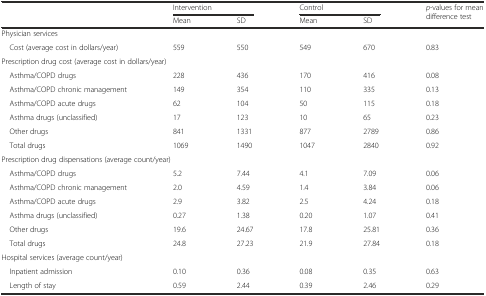
<table><thead><tr><td rowspan="2"></td><td colspan="2"><b>Intervention</b></td><td colspan="2"><b>Control</b></td><td rowspan="2"><b><i>p</i>-values for mean difference test</b></td></tr><tr><td><b>Mean</b></td><td><b>SD</b></td><td><b>Mean</b></td><td><b>SD</b></td></tr></thead><tbody><tr><td colspan="6">Physician services</td></tr><tr><td> Cost (average cost in dollars/year)</td><td>559</td><td>550</td><td>549</td><td>670</td><td>0.83</td></tr><tr><td colspan="6">Prescription drug cost (average cost in dollars/year)</td></tr><tr><td> Asthma/COPD drugs</td><td>228</td><td>436</td><td>170</td><td>416</td><td>0.08</td></tr><tr><td> Asthma/COPD chronic management</td><td>149</td><td>354</td><td>110</td><td>335</td><td>0.13</td></tr><tr><td> Asthma/COPD acute drugs</td><td>62</td><td>104</td><td>50</td><td>115</td><td>0.18</td></tr><tr><td> Asthma drugs (unclassified)</td><td>17</td><td>123</td><td>10</td><td>65</td><td>0.23</td></tr><tr><td> Other drugs</td><td>841</td><td>1331</td><td>877</td><td>2789</td><td>0.86</td></tr><tr><td> Total drugs</td><td>1069</td><td>1490</td><td>1047</td><td>2840</td><td>0.92</td></tr><tr><td colspan="6">Prescription drug dispensations (average count/year)</td></tr><tr><td> Asthma/COPD drugs</td><td>5.2</td><td>7.44</td><td>4.1</td><td>7.09</td><td>0.06</td></tr><tr><td> Asthma/COPD chronic management</td><td>2.0</td><td>4.59</td><td>1.4</td><td>3.84</td><td>0.06</td></tr><tr><td> Asthma/COPD acute drugs</td><td>2.9</td><td>3.82</td><td>2.5</td><td>4.24</td><td>0.18</td></tr><tr><td> Asthma drugs (unclassified)</td><td>0.27</td><td>1.38</td><td>0.20</td><td>1.07</td><td>0.41</td></tr><tr><td> Other drugs</td><td>19.6</td><td>24.67</td><td>17.8</td><td>25.81</td><td>0.36</td></tr><tr><td> Total drugs</td><td>24.8</td><td>27.23</td><td>21.9</td><td>27.84</td><td>0.18</td></tr><tr><td colspan="6">Hospital services (average count/year)</td></tr><tr><td> Inpatient admission</td><td>0.10</td><td>0.36</td><td>0.08</td><td>0.35</td><td>0.63</td></tr><tr><td> Length of stay</td><td>0.59</td><td>2.44</td><td>0.39</td><td>2.46</td><td>0.29</td></tr></tbody></table>